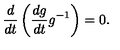
\frac { d } { d t } \left( \frac { d g } { d t } g ^ { - 1 } \right) = 0 .